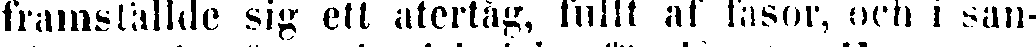
framställde sig ett återtåg, fullt af fasor, och i san-